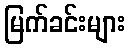
မြက်ခင်းများ